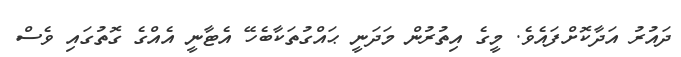
ދައުރު އަދާކޮށްފައެވެ. މީގެ އިތުރުން މަދަނީ ޙައްގުތަކާބެހޭ އެޓާނީ އެއްގެ ގޮތުގައި ވެސް